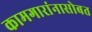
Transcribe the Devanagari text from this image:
कामगारांनासोबत